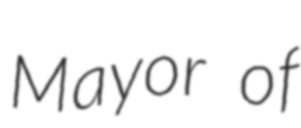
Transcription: Mayor of